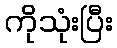
ကိုသုံးပြီး